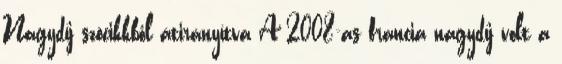
Nagydíj szócikkből átirányítva A 2008-as francia nagydíj volt a